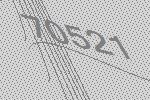
70521